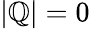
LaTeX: |\mathbb{Q}|=0